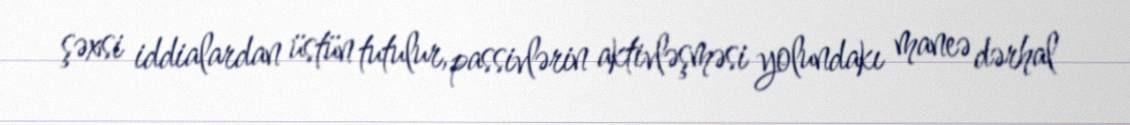
şəxsi iddialardan üstün tutulur, passivlərin aktivləşməsi yolundakı maneə dərhal